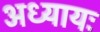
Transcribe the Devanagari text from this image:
अध्यायः